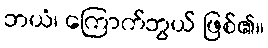
ဘယံ၊ ကြောက်ဘွယ် ဖြစ်၏။